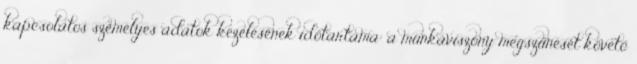
kapcsolatos személyes adatok kezelésének időtartama: a munkaviszony megszűnését követő